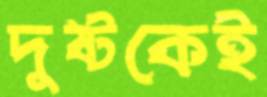
দুষ্টকেই